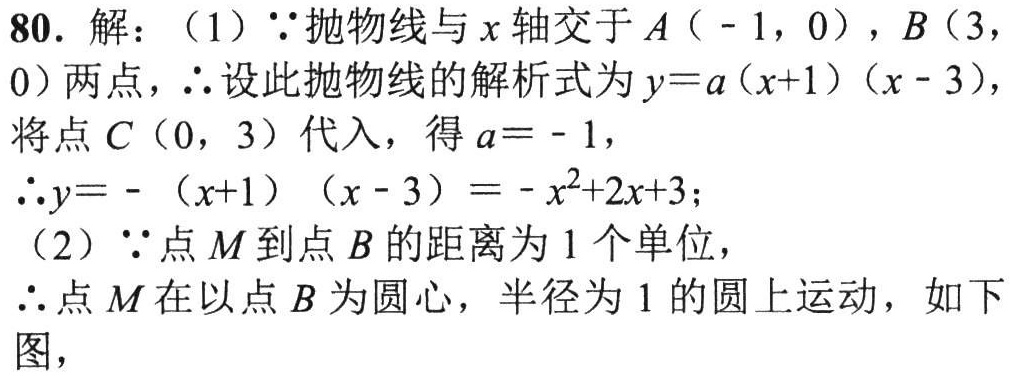
80. 解：（1）\(\because\)抛物线与\(x\)轴交于\(A(-1,0)\)，\(B(3,0)\)两点，\(\therefore\)设此抛物线的解析式为\(y = a(x + 1)(x - 3)\)，
将点\(C(0,3)\)代入，得\(a = - 1\)，
\(\therefore y=-(x + 1)(x - 3)=-x^{2}+2x + 3\)；
（2）\(\because\)点\(M\)到点\(B\)的距离为\(1\)个单位，
\(\therefore\)点\(M\)在以点\(B\)为圆心，半径为\(1\)的圆上运动，如下图，